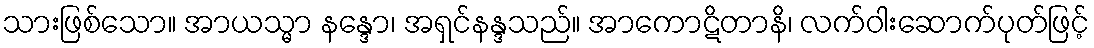
သားဖြစ်သော။ အာယသ္မာ နန္ဒော၊ အရှင်နန္ဒသည်။ အာကောဋိတာနိ၊ လက်ဝါးဆောက်ပုတ်ဖြင့်